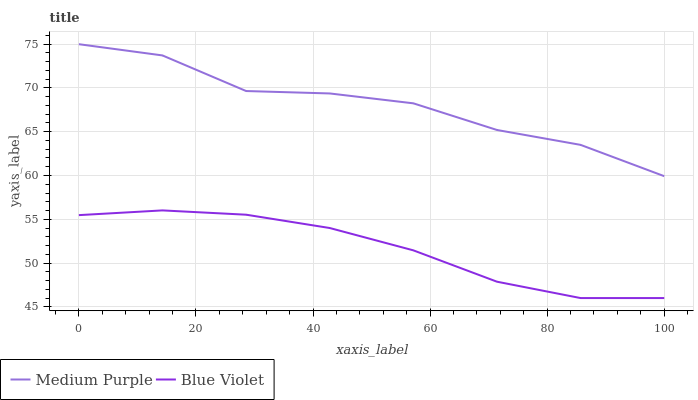
| xaxis_label | Medium Purple | Blue Violet |
 | --- | --- | --- |
 | 0 | 75 | 55.5 |
 | 14.3 | 73.7 | 56 |
 | 28.6 | 69.7 | 55.5 |
 | 42.9 | 69.4 | 54 |
 | 57.1 | 68.2 | 51.5 |
 | 71.4 | 65.2 | 47.9 |
 | 85.7 | 63.5 | 46 |
 | 100 | 59.9 | 46 |